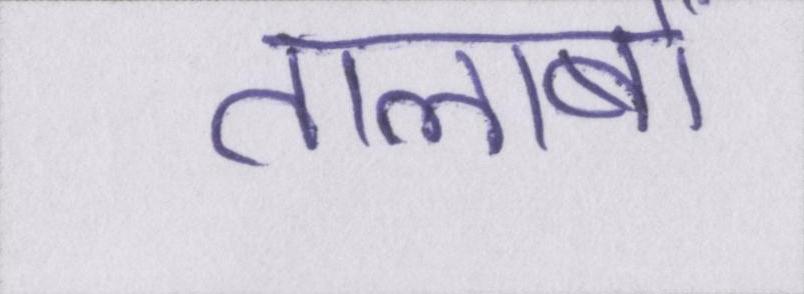
तालाबों